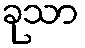
ခုသာ